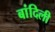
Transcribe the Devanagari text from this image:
बांदिली